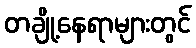
တချို့နေရာများတွင်